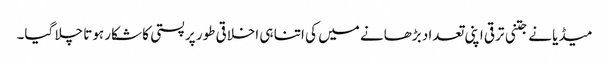
میڈیا نے جتنی ترقی اپنی تعداد بڑھانے میں کی اتنا ہی اخلاقی طور پر پستی کا شکار ہوتا چلا گیا۔